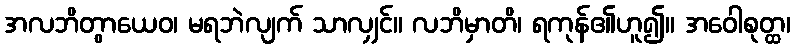
အလဘိတွာယေဝ၊ မရဘဲလျက် သာလျှင်။ လဘိမှာတိ၊ ရကုန်၏ဟူ၍။ အဝေါစုတ္ထ၊